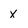
Character: x